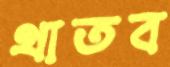
থাতব